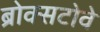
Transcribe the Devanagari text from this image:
ब्रोक्सटोवे